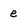
Character: e